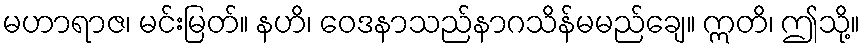
မဟာရာဇ၊ မင်းမြတ်။ နဟိ၊ ဝေဒနာသည်နာဂသိန်မမည်ချေ။ ဣတိ၊ ဤသို့။